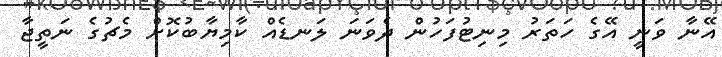
އޭނާ ވަނީ އޭގެ ހަތަރު މިނިޓުފަހުން ދެވަނަ ލަނޑެއް ކާމިޔާބުކޮށް މެޗުގެ ނަތީޖާ